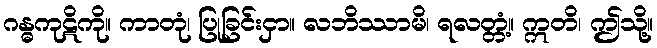
ဂန္ဓကုဋိကို။ ကာတုံ၊ ပြုခြင်းငှာ။ လဘိဿာမိ၊ ရလတ္တံ့။ ဣတိ၊ ဤသို့။